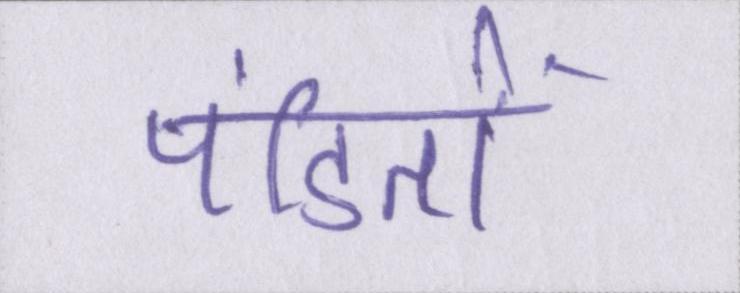
पंडितों